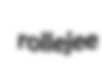
rollejee